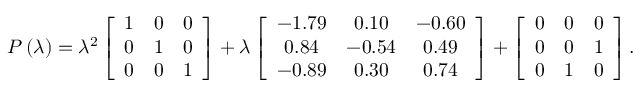
P \left( \lambda \right) = \lambda ^ { 2 } \left[ \begin{array} { c c c } { 1 } & { 0 } & { 0 } \\ { 0 } & { 1 } & { 0 } \\ { 0 } & { 0 } & { 1 } \end{array} \right] + \lambda \left[ \begin{array} { c c c } { - 1 . 7 9 } & { 0 . 1 0 } & { - 0 . 6 0 } \\ { 0 . 8 4 } & { - 0 . 5 4 } & { 0 . 4 9 } \\ { - 0 . 8 9 } & { 0 . 3 0 } & { 0 . 7 4 } \end{array} \right] + \left[ \begin{array} { c c c } { 0 } & { 0 } & { 0 } \\ { 0 } & { 0 } & { 1 } \\ { 0 } & { 1 } & { 0 } \end{array} \right] .